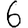
Digit: 6